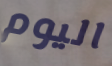
اليوم